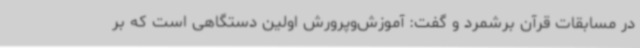
در مسابقات قرآن برشمرد و گفت: آموزش‌وپرورش اولین دستگاهی است که بر